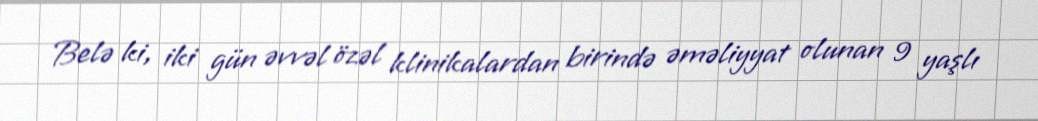
Belə ki, iki gün əvvəl özəl klinikalardan birində əməliyyat olunan 9 yaşlı